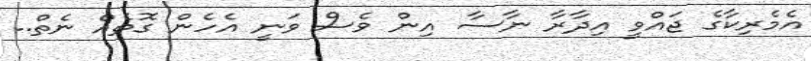
އެމެރިކާގެ ޖައްވީ އިދާރާ ނާސާ އިން ވެސް ވަނީ އެހެން ގޮތެއް ނެތް..